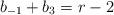
LaTeX: \begin{align*}b_{-1}+b_3=r-2\end{align*}